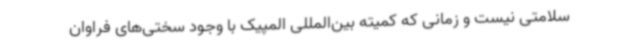
سلامتی نیست و زمانی که کمیته بین‌المللی المپیک با وجود سختی‌های فراوان